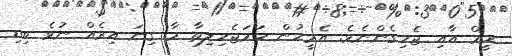
ރީމް އާއި ޖެހިގެންނެވެ. އެމީހުން ހަމަޖެހިލިތާ މާ ގިނަ އިރެއް ނުވެ ބިޑި